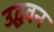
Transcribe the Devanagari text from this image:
उद्धवन